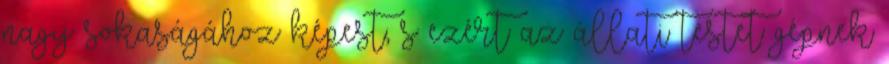
nagy sokaságához képest; s ezért az állati testet gépnek